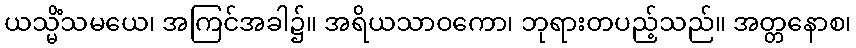
ယသ္မိံသမယေ၊ အကြင်အခါ၌။ အရိယသာဝကော၊ ဘုရားတပည့်သည်။ အတ္တနောစ၊